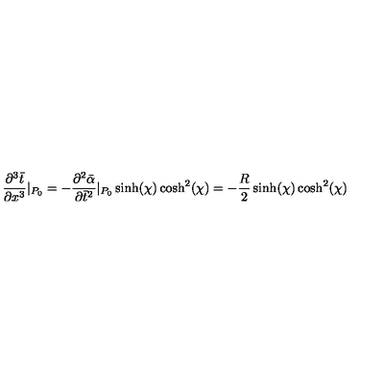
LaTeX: \frac { \partial ^ { 3 } \bar { t } } { \partial x ^ { 3 } } | _ { P _ { 0 } } = - \frac { \partial ^ { 2 } \bar { \alpha } } { \partial \bar { t } ^ { 2 } } | _ { P _ { 0 } } \sinh ( \chi ) \cosh ^ { 2 } ( \chi ) = - \frac { R } { 2 } \sinh ( \chi ) \cosh ^ { 2 } ( \chi )